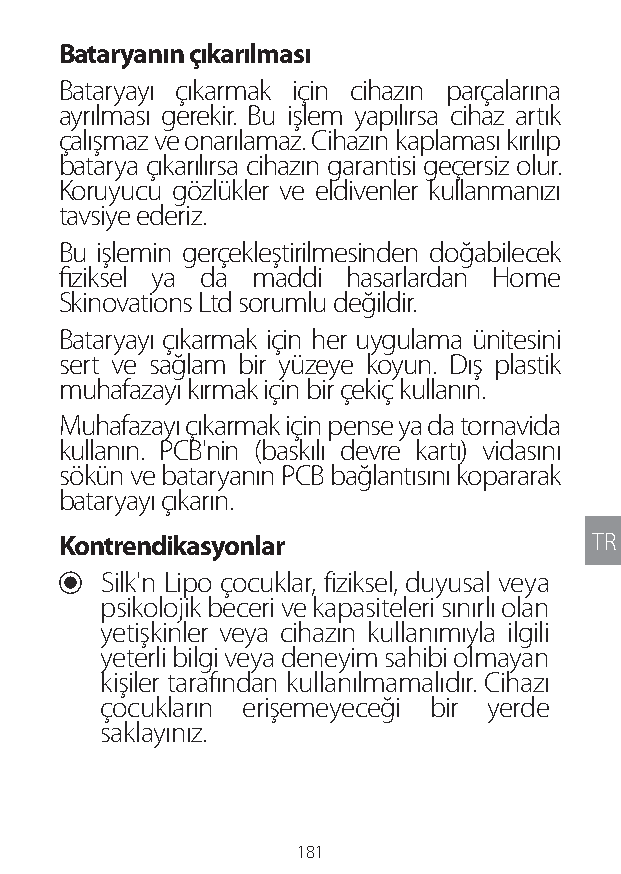
Bataryanın çıkarılması
 Bataryayı çıkarmak için cihazın parçalarına
 ayrılması gerekir. Bu işlem yapılırsa cihaz artık
 çalışmaz ve onarılamaz. Cihazın kaplaması kırılıp
 batarya çıkarılırsa cihazın garantisi geçersiz olur.
 Koruyucu gözlükler ve eldivenler kullanmanızı
 tavsiye ederiz.
 Bu işlemin gerçekleştirilmesinden doğabilecek
 fiziksel ya da maddi hasarlardan Home
 Skinovations Ltd sorumlu değildir.
 Bataryayı çıkarmak için her uygulama ünitesini
 sert ve sağlam bir yüzeye koyun. Dış plastik
 muhafazayı kırmak için bir çekiç kullanın.
 Muhafazayı çıkarmak için pense ya da tornavida
 kullanın. PCB'nin (baskılı devre kartı) vidasını
 sökün ve bataryanın PCB bağlantısını kopararak
 bataryayı çıkarın.
 Kontrendikasyonlar                 TR
 U Silk'n Lipo çocuklar, fiziksel, duyusal veya
 psikolojik beceri ve kapasiteleri sınırlı olan
 yetişkinler veya cihazın kullanımıyla ilgili
 yeterli bilgi veya deneyim sahibi olmayan
 kişiler tarafından kullanılmamalıdır. Cihazı
 çocukların erişemeyeceği bir yerde
 saklayınız.
 181
 Lipo UM EU124 3545B inside ALL EU124 ED296-24 release.indd 181 14/08/2018 10:57:43